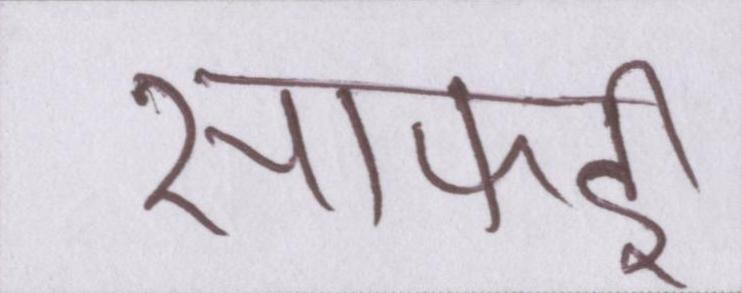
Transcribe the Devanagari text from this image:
सफाई